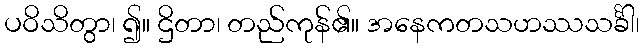
ပဝိသိတွာ၊ ၍။ ဌိတာ၊ တည်ကုန်၏။ အနေကတသဟဿသင်္ခါ၊